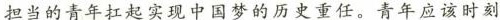
担当的青年扛起实现中国梦的历史重任。青年应该时刻